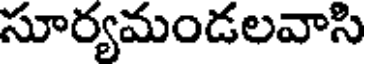
సూర్యమండలవాసి